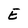
Character: E